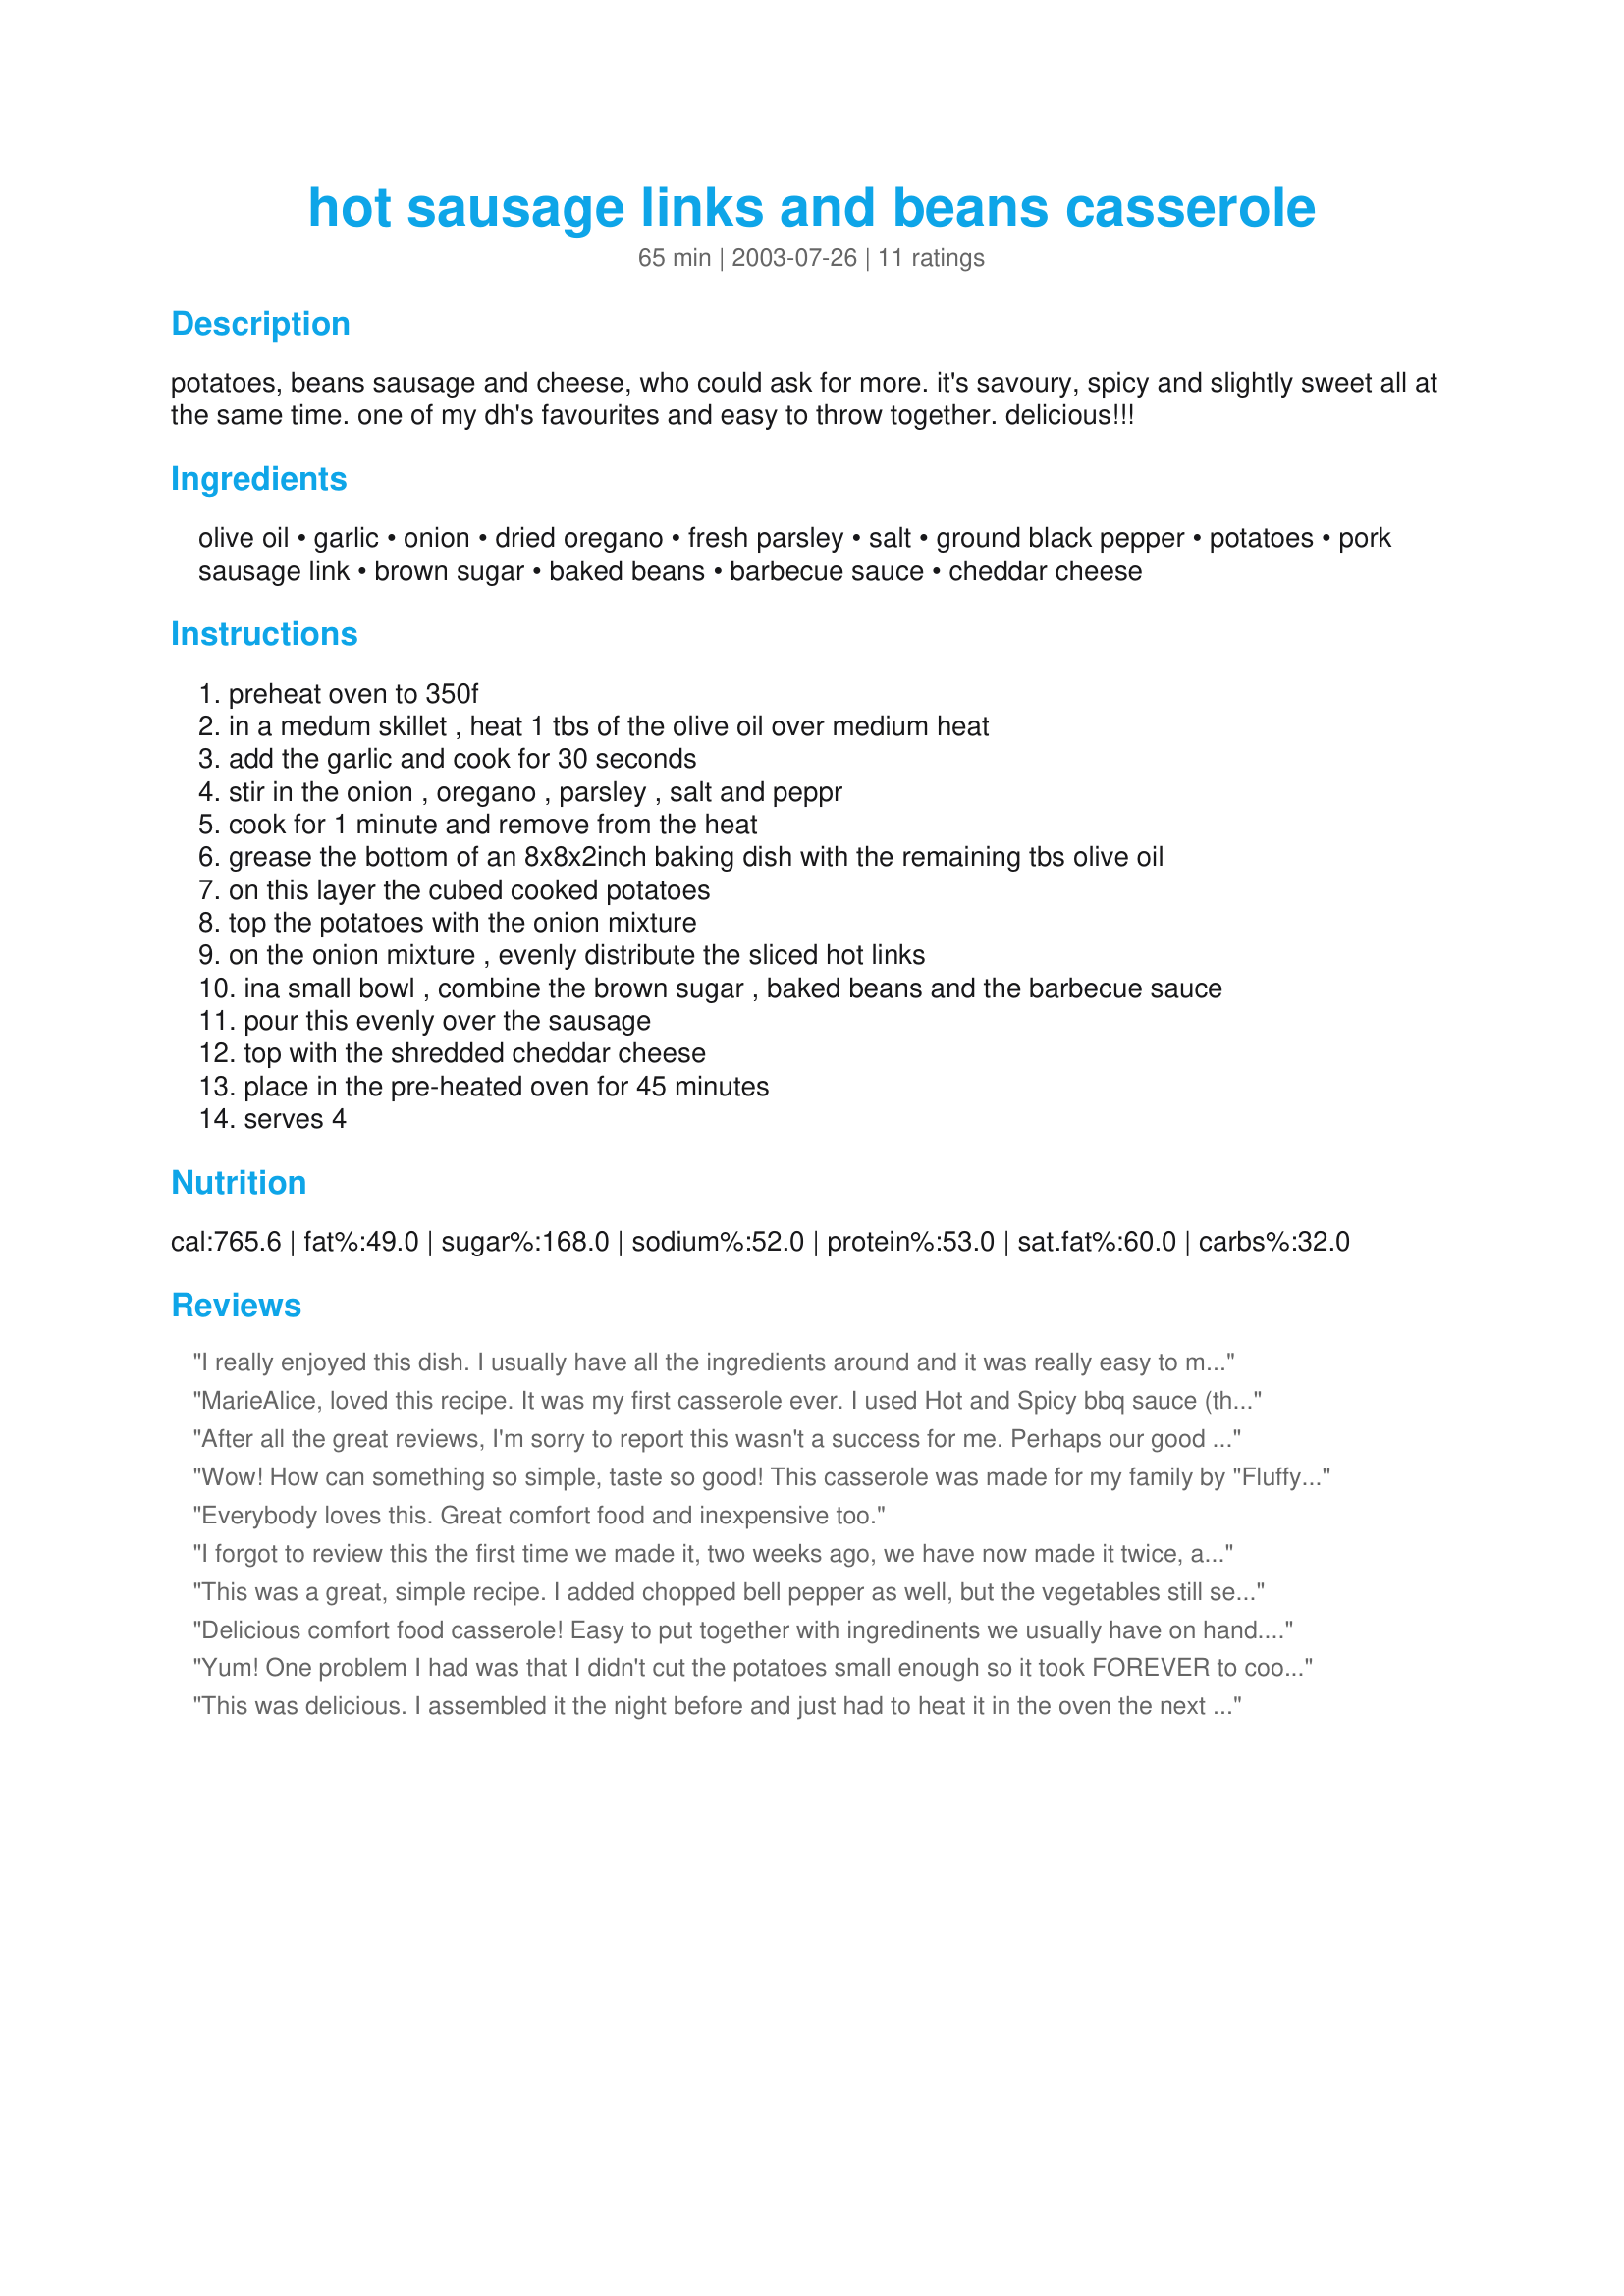
hot sausage links and beans casserole
Preparation time: 65 minutes

potatoes, beans sausage and cheese, who could ask for more. it's savoury, spicy and slightly sweet all at the same time. one of my dh's favourites and easy to throw together. delicious!!!

Ingredients:
olive oil, garlic, onion, dried oregano, fresh parsley, salt, ground black pepper, potatoes, pork sausage link, brown sugar, baked beans, barbecue sauce, cheddar cheese

Steps:
preheat oven to 350f, in a medum skillet , heat 1 tbs of the olive oil over medium heat, add the garlic and cook for 30 seconds, stir in the onion , oregano , parsley , salt and peppr, cook for 1 minute and remove from the heat, grease the bottom of an 8x8x2inch baking dish with the remaining tbs olive oil, on this layer the cubed cooked potatoes, top the potatoes with the onion mixture, on the onion mixture , evenly distribute the sliced hot links, ina small bowl , combine the brown sugar , baked beans and the barbecue sauce, pour this evenly over the sausage, top with the shredded cheddar cheese, place in the pre-heated oven for 45 minutes, serves 4

Reviews:
I really enjoyed this dish. I usually have all the ingredients around and it was really easy to make. I used English Cumberland Sausages as I didn't know where to get the once suggested, and browned them a bit first. Next time I think I will use normal English Bangers, because I think there is so many flavours going on already that something plain will be quite nice.
MarieAlice, loved this recipe. It was my first casserole ever. I used Hot and Spicy bbq sauce (that's all we eat)and I didn't have baked beans so I made my own using 2 small cans of pinto beans. I only used about a 1/2 c of the liquid from one can, but I should have used all of the juice from one can because the casserole was a little on the dry side but otherwise yummy. Will definitely try again. Think I will make some cornbread to eat with the leftovers. Thanks Again!
After all the great reviews, I'm sorry to report this wasn't a success for me. Perhaps our good Texas Hill Country style smoked sausage was fattier than it should have been for this recipe, or perhaps I should have sauteed the slices before adding to the casserole, to prevent the huge amount of grease that was in the dish when I removed it from the oven. The flavor was smoky, but too sweet for our tastes. The instructions are very clear and easy to follow.
Wow! How can something so simple, taste so good! This casserole was made for my family by "Fluffy" due to the fact that my right arm is in a cast and I can't do much cooking. We really enjoyed it and I've just added the recipe to my cookbook. It will definitely be made again and again. Thanks for this wonderful recipe, Marie Alice!
Everybody loves this. Great comfort food and inexpensive too.
I forgot to review this the first time we made it, two weeks ago, we have now made it twice, and it will be a regular family favourite!
First time, I knew I would be late home from work, so I fished out this recipe and suggested to DH that he might like to try it, since it looked pretty straightforward, he could prepare and we could cook it off when I was on my way home........what a huge success!! Everyone loved it!

So it is now DHs recipe, and we asked him if he would make it again last night, and he graciously obliged......

Since we had a friend staying for supper too, we added side dishes, brussel sprouts, and garlic mushrooms, and a loaf of crusty bread!

Thanks MarieAlice for another winner!
This was a great, simple recipe. I added chopped bell pepper as well, but the vegetables still seemed like they were missing something. I didn't cook or peel the potatoes, just chopped them into about 1" cubes and they came out well. I realized halfway that I had completely run out of beans! So sadly I had to go through with the recipe without them. Next time, I'll have the beans for sure. (I'm looking forward to that!)
Delicious comfort food casserole! Easy to put together with ingredinents we usually have on hand. Thanks for sharing!
Yum! One problem I had was that I didn't cut the potatoes small enough so it took FOREVER to cook. But it was worth it. The sausage we used was really spicy, so it cleared my sinuses perfectly. Great winter comfort food!
This was delicious. I assembled it the night before and just had to heat it in the oven the next day. I used English bangers because I had some hanging around in the freezer. The next time I will try it with the smoked sausage. Thanks for a great recipe MarieAlice.
Oh man, this was good. It was easy and the instructions were great. I'll be making this alot. I loved it. Thanks
